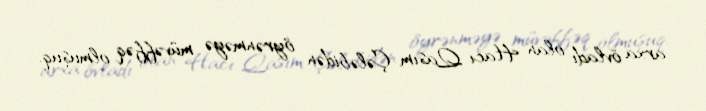
arxa övladı olan Hacı Qasım Çələbidən öyrənməyə müvəffəq olmuşuq.